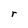
Character: r